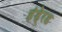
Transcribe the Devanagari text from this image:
हंडे्रड